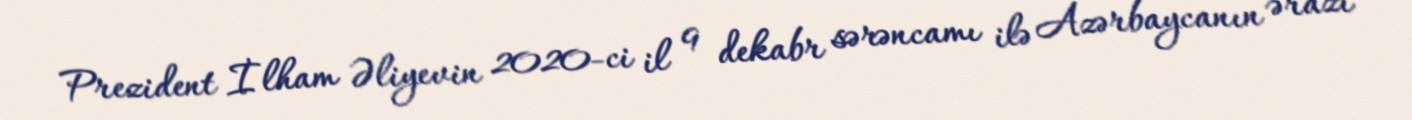
Prezident İlham Əliyevin 2020-ci il 9 dekabr sərəncamı ilə Azərbaycanın ərazi